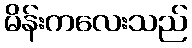
မိန်းကလေးသည်